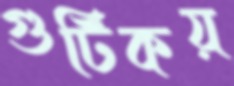
গুটিকয়